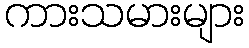
ကားသမားများ